Heimtali_vallavalitsus, lk 74
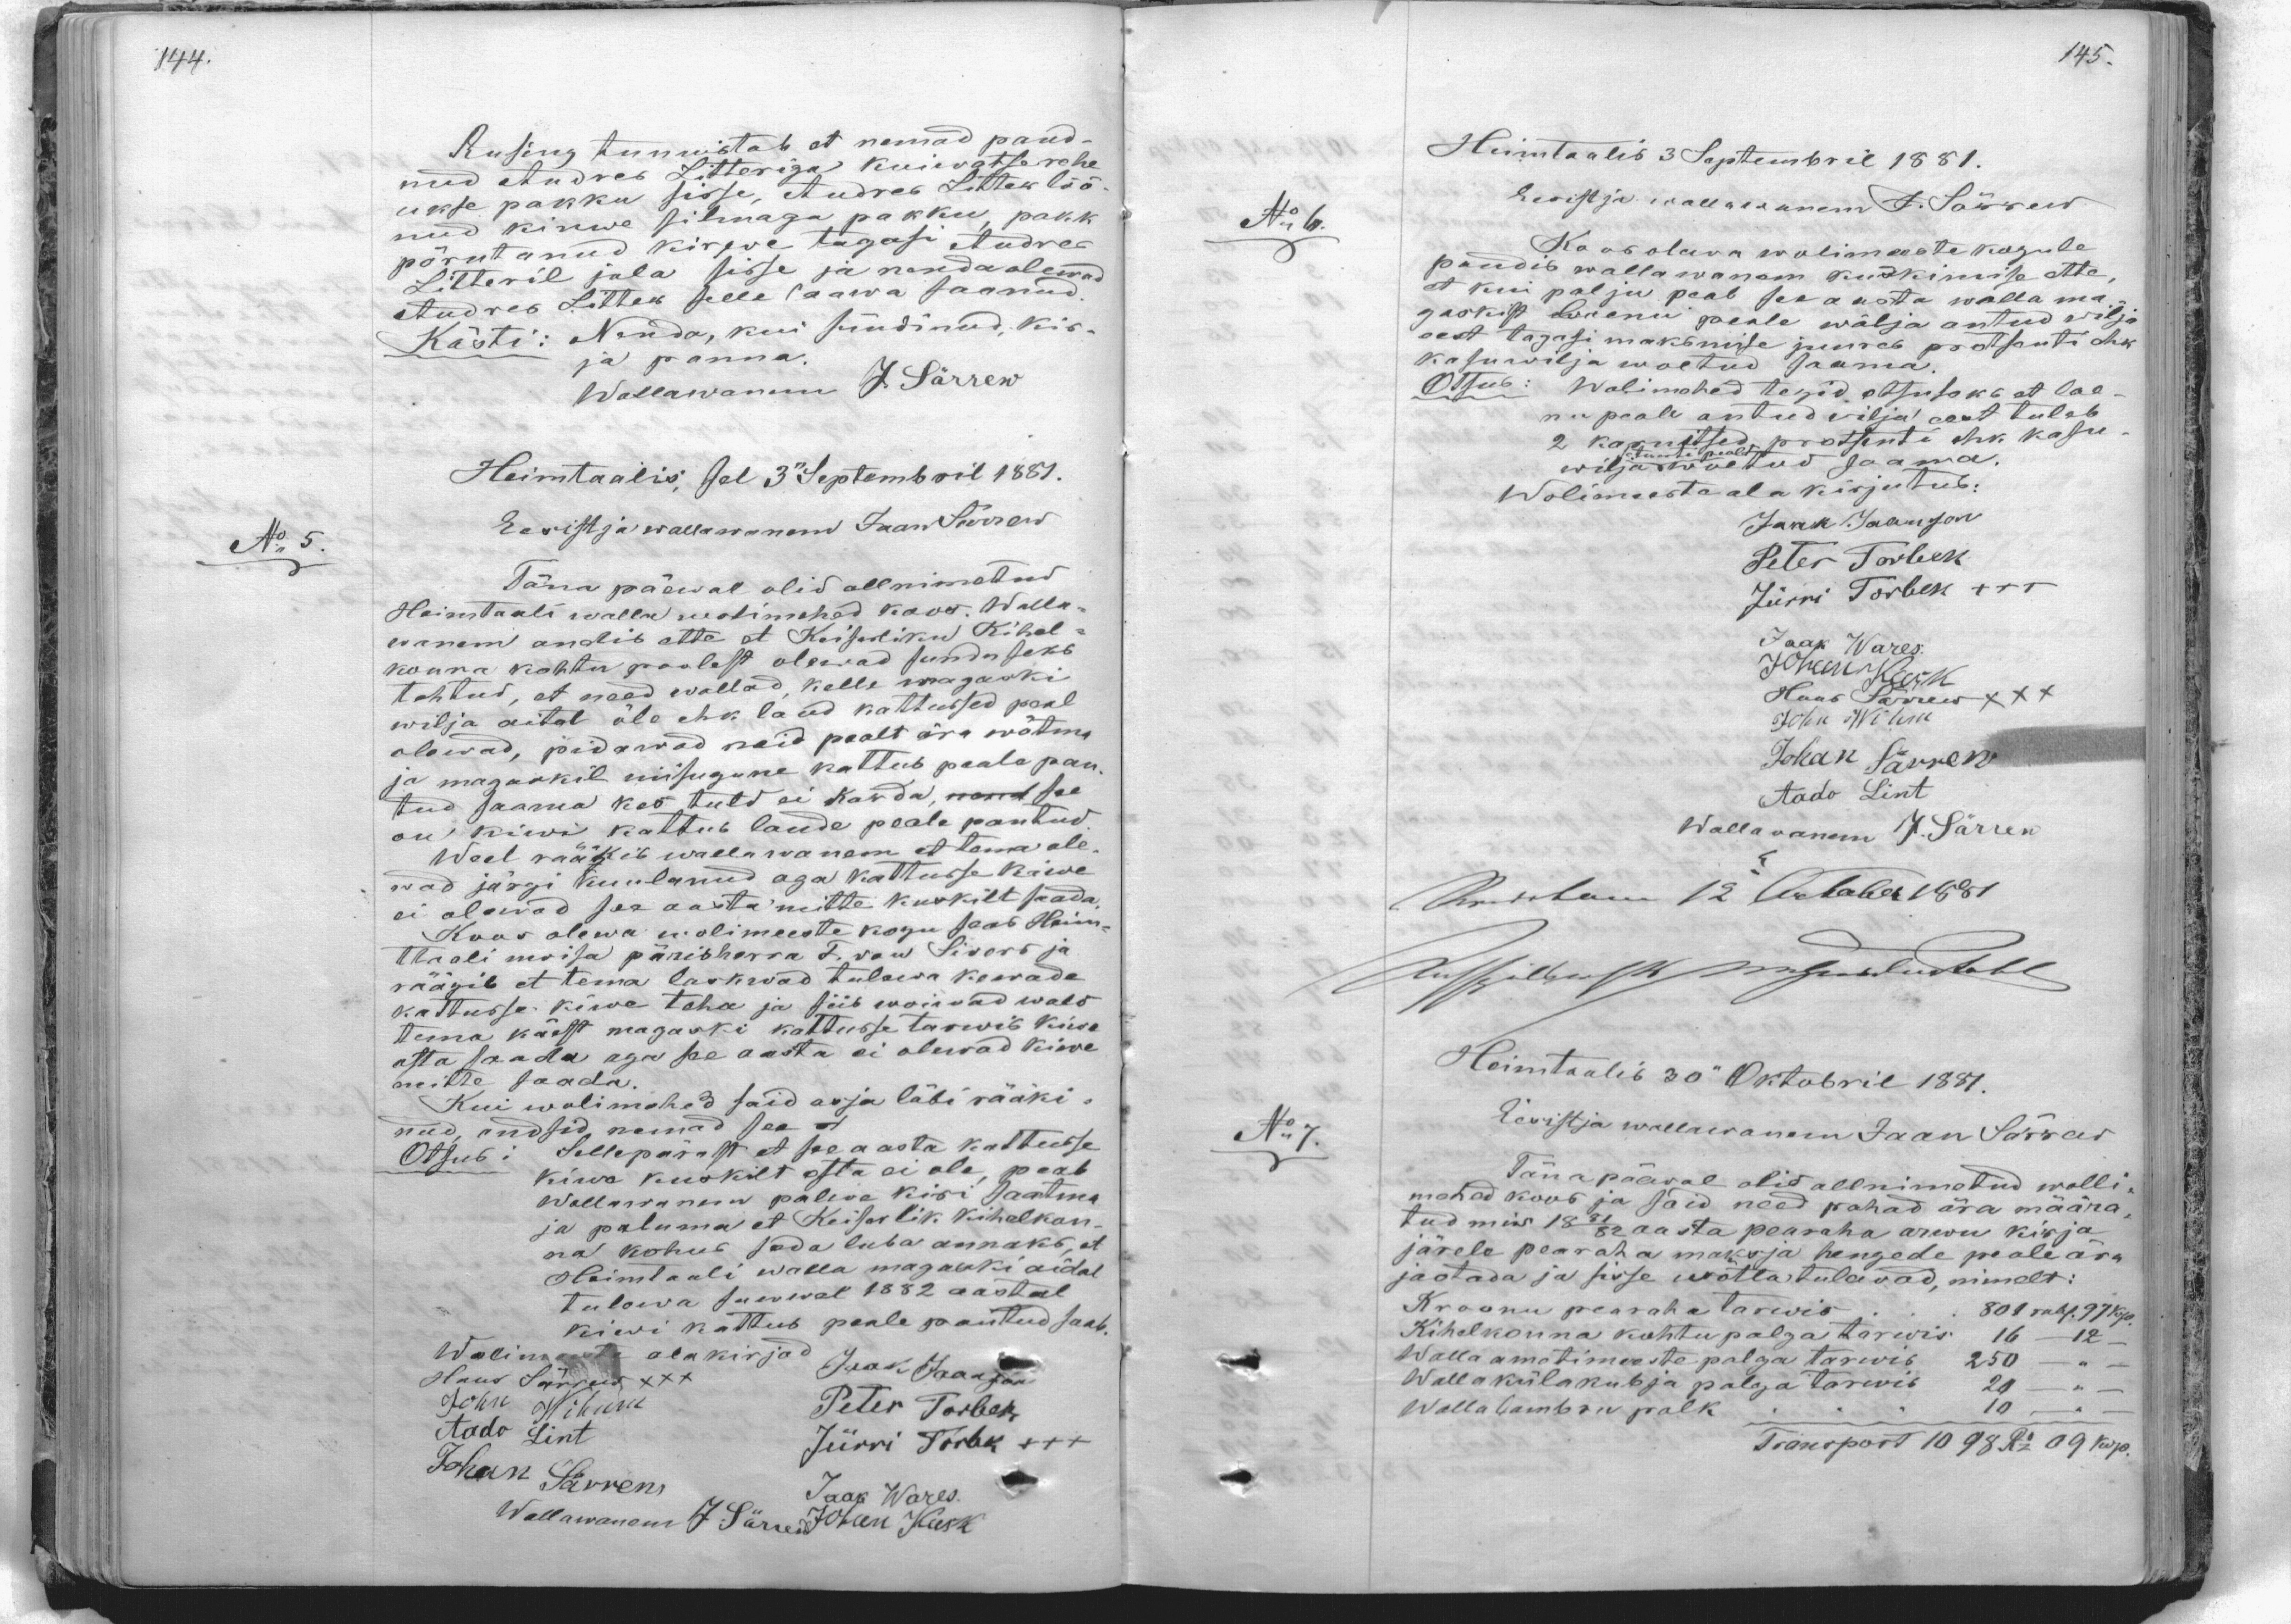
Rusing tunnistab et nemad pand-
nud Andres Litteriga kuiwatserehe
ukse pakku sisse, Andreb Litter löö-
nud kirwe silmaga pakku, pakk
põrutanud kirwe tagasi Andres
Litteril jala sisse ja nenda olewad
Andres Litter selle haawa saanud.
Kästi: Nenda, kui süüdinud, kir-
ja panna.
Wallawanem J. Särrew
Heimtaalis, sel 3 Septembril 1881.
No 5.
Eesistja wallawanem Jaan Särrew
Täna päewal olid all nimetud
Heimtaali walla wolimehed koos Walla-
wanem andis ette et Keiserliku Kihel-
konna kohtu poolest olewad sunduseks
tehtud, et need wallad, kelle magaski
wilja aital üle ehk laud kattused peal
olewad, pidawad neid pealt ära wõttma
ja magaskil niisugune kattus peale pan-
tud saama kes tuld ei karda, nend see
on kiwi kattus laude peale pantud
Weel rääkis wallawanem et tema ole-
wad järgi kuulanud aga kattusse kiwe
ei olewad see aasta mitte kuskilt saada
Koos olewa wolimeeste kogu saab Heim-
ttaali moisa pärisherra F. von Sivers ja
räägib et tema laskwad tulewa kewade
kattusse kiwe teha ja siis woiwad wald
tema käest magaski kattusse tarwis kuis
osta saada aga see aasta ei olewad kirve
mitte saada.
Kui wolimehed said asja läbi rääki-
nud, andsid nemad tea et
Otsus: Sellepärast et see aasta kattusse
kiwa kuskilt osta ei ole, peab
Wallawanem palwe kiri saatma
ja paluma et Keiserlik kihelkon-
na kohus seda luba annaks, et
Heimtaali walla magaski aidal
tulewa sawwal 1882 aastal
kiwi kattus peale pantud saab.
Wolimeste alakirjad:
Hans Särrew XXX
Jaak Jaanson
John Wihman
Peter Torbek,
Aado Lint
Jürri Torbek XXX
Johan Särrew
Jaak Wares.
Wallawanem J Särrew Johan Kask

Heimtaalis 3 Septembril 1881.
Eesistja wallawanem J. Särrew
No: 6.
Kaasolewa wolimeeste kogule
pandis wallawanem küskimise ette
et kui palju peab see aasta walla ma-
gaskist laenu peale wälja antud wilja
eest tagasi maksmise juures protsenti ehk
kasuwilja woetud saama.
Otsus: Wolimehed tegid otsuseks et lae-
nu peale antud vilja eest tuleb
2 karnitsed protsenti ehk kasu-
wilja woetud saama.
Wolimeeste ala kirjutus:
Jaak Jaanson
Peter Torbek.
Jürri Torbek XXX
Jaak Wares.
Johan Kask
Hans Särrew XXX
Johu Wihm
Johan Särrew
Aado Lint
Wallawanem J. Särrew
Heimtaalis 12 October 1881
Ruspillimist ningendustele
Heimtaalis 30" Oktobril 1881.
No 7.
Eesistja wallawanem Jaan Särrew
Tänapääval olid allnimetud wolli-
mehed koos ja said need rahad ära määra-
tud mis 1881/82 aasta pearaha arwu kirja
järele pearaha maksja hingede peale ära
jaotada ja sisse wõtta tulewad, nimelt:
Kroonu pearaha tarwis 801 rubl. 97 kop
Kihelkonna kohtupalga tarwis 16 - 12
Walla ametimeeste palga tarwis 250 - "
Walla külakubja palga tarwis 20
Walla lambru palk. " 10 "
Transport 10 98 Rbl 09 kop.